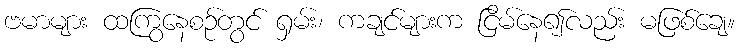
ဗမာများ ထကြွနေစဉ်တွင် ရှမ်း၊ ကချင်များက ငြိမ်နေ၍လည်း မဖြစ်ချေ။